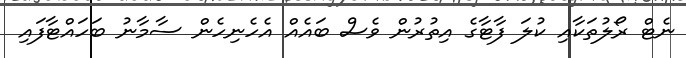
ނެޓް ރޯލުތަކާއި ކުލަ ފާޓާގެ އިތުރުން ވެސް ބައެއް އެހެނިހެން ސާމާނު ބަހައްޓާފައި